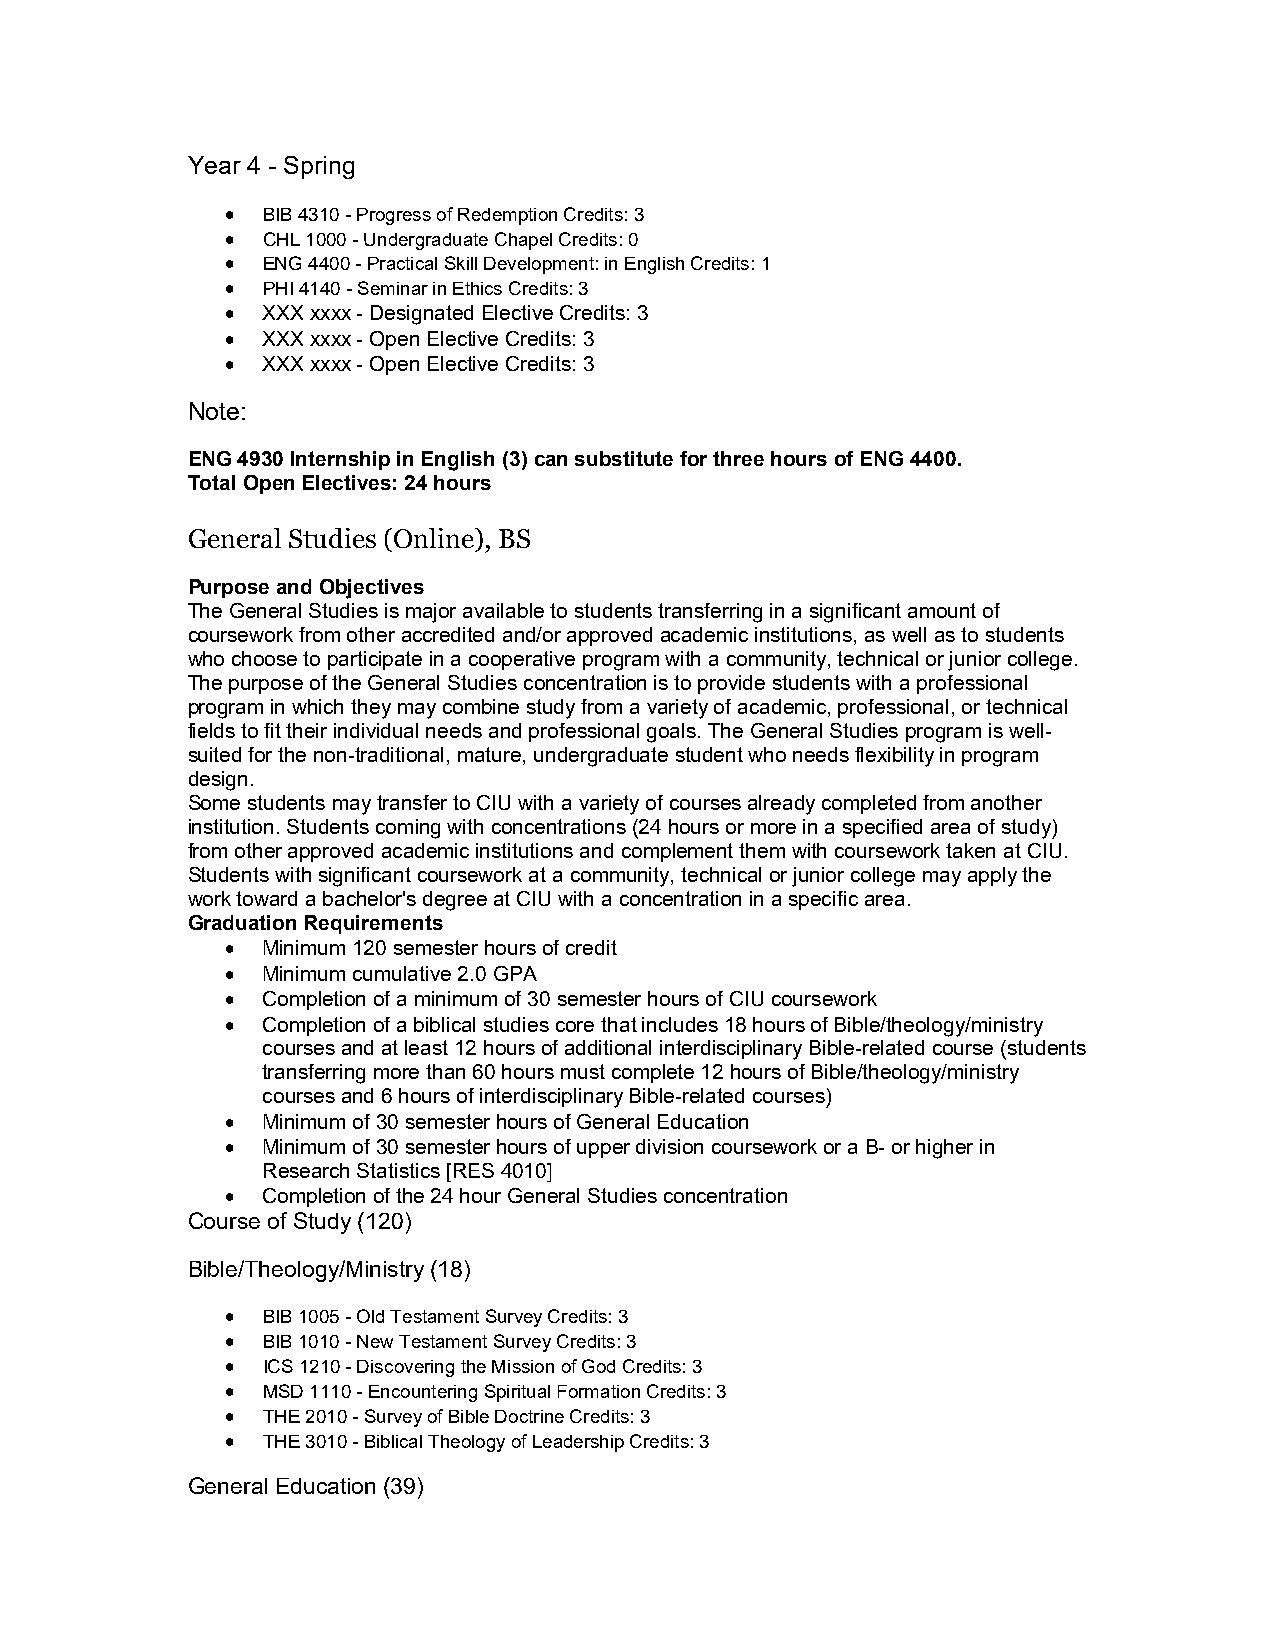
Year 4 - Spring
  BIB 4310 - Progress of Redemption Credits: 3
  CHL 1000 - Undergraduate Chapel Credits: 0
  ENG 4400 - Practical Skill Development: in English Credits: 1
  PHI 4140 - Seminar in Ethics Credits: 3
  XXX xxxx - Designated Elective Credits: 3
  XXX xxxx - Open Elective Credits: 3
  XXX xxxx - Open Elective Credits: 3
 Note:
 ENG 4930 Internship in English (3) can substitute for three hours of ENG 4400.
 Total Open Electives: 24 hours
 General Studies (Online), BS
 Purpose and Objectives
 The General Studies is major available to students transferring in a significant amount of
 coursework from other accredited and/or approved academic institutions, as well as to students
 who choose to participate in a cooperative program with a community, technical or junior college.
 The purpose of the General Studies concentration is to provide students with a professional
 program in which they may combine study from a variety of academic, professional, or technical
 fields to fit their individual needs and professional goals. The General Studies program is well-
 suited for the non-traditional, mature, undergraduate student who needs flexibility in program
 design.
 Some students may transfer to CIU with a variety of courses already completed from another
 institution. Students coming with concentrations (24 hours or more in a specified area of study)
 from other approved academic institutions and complement them with coursework taken at CIU.
 Students with significant coursework at a community, technical or junior college may apply the
 work toward a bachelor's degree at CIU with a concentration in a specific area.
 Graduation Requirements
  Minimum 120 semester hours of credit
  Minimum cumulative 2.0 GPA
  Completion of a minimum of 30 semester hours of CIU coursework
  Completion of a biblical studies core that includes 18 hours of Bible/theology/ministry
 courses and at least 12 hours of additional interdisciplinary Bible-related course (students
 transferring more than 60 hours must complete 12 hours of Bible/theology/ministry
 courses and 6 hours of interdisciplinary Bible-related courses)
  Minimum of 30 semester hours of General Education
  Minimum of 30 semester hours of upper division coursework or a B- or higher in
 Research Statistics [RES 4010]
  Completion of the 24 hour General Studies concentration
 Course of Study (120)
 Bible/Theology/Ministry (18)
  BIB 1005 - Old Testament Survey Credits: 3
  BIB 1010 - New Testament Survey Credits: 3
  ICS 1210 - Discovering the Mission of God Credits: 3
  MSD 1110 - Encountering Spiritual Formation Credits: 3
  THE 2010 - Survey of Bible Doctrine Credits: 3
  THE 3010 - Biblical Theology of Leadership Credits: 3
 General Education (39)